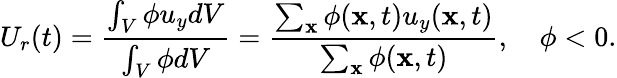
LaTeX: U_{r}(t)=\frac{\int_{V}\phi u_{y}dV}{\int_{V}\phi dV}=\frac{\sum_{\mathbf{x}}\phi(\mathbf{x},t)u_{y}(\mathbf{x},t)}{\sum_{\mathbf{x}}\phi(\mathbf{x},t)},\quad\phi<0.